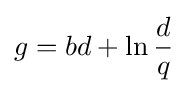
g={bd+\ln {d \over q}}